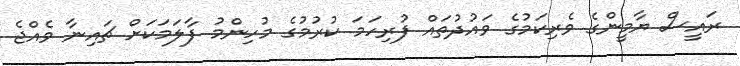
ރައީސް ޔާމީންގެ ވެރިކަމުގެ ވައުދުތައް ފުރިހަމަ ކުރުމުގެ މުހިންމު ފާލަމަކަށް ޗައިނާ ވެއްޖެ